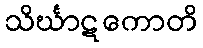
သိင်္ဃာဋကောတိ